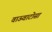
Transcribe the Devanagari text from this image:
वाऊवाटोसा